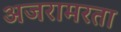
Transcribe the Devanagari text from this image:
अजरामरता